Report on sanitation, dispensaries, and jails in Rajputana for 1918, and on vaccination for the year 1918-1919 - 1918-1919
Year: 1918
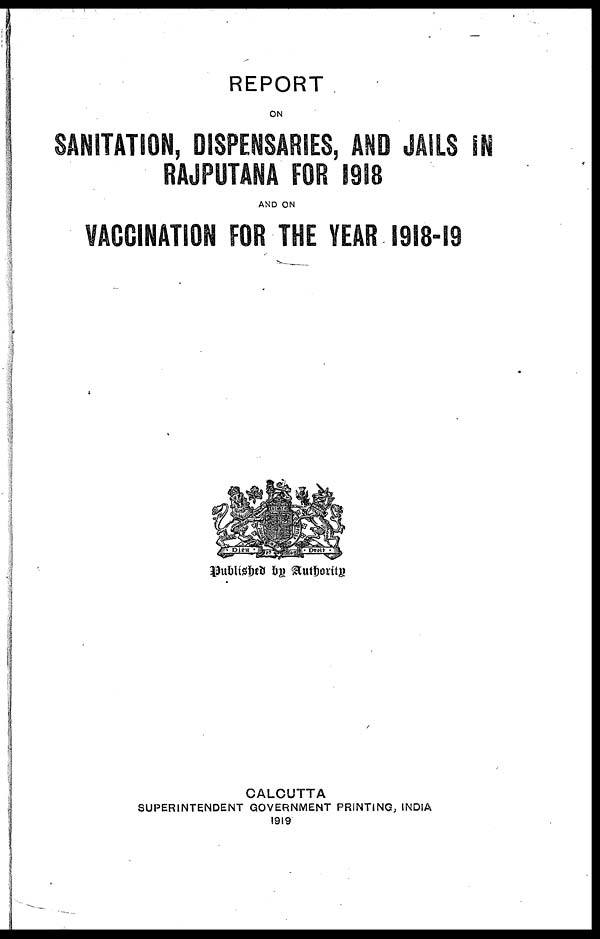
REPORT
ON
SANITATION, DISPENSARIES, AND JAILS IN
RAJPUTANA FOR 1918
AND ON
VACCINATION FOR THE YEAR 1918-19
Published by Authority
CALCUTTA
SUPERINTENDENT GOVERNMENT PRINTING, INDIA
1919